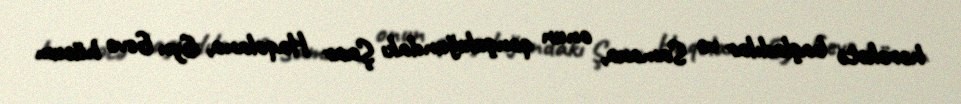
hərəkətə başladılar və Samaxa, onun qonşuluğundakı Şaar Haqolana, Eyn Gevə hücum